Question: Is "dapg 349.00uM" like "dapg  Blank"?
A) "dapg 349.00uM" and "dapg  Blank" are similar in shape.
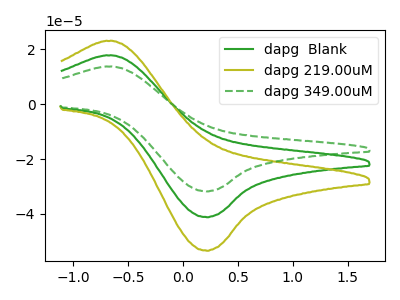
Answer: <think>The green curve "dapg  Blank" has an anodic peak at (-0.70V, 17.75uA) and a cathodic peak at (0.20V, -41.20uA). The olive curve "dapg 219.00uM" has an anodic peak at (-0.70V, 35.50uA) and a cathodic peak at (0.20V, -82.35uA). The green dashed curve "dapg 349.00uM" has an anodic peak at (-0.70V, 13.70uA) and a cathodic peak at (0.20V, -31.75uA).
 All the peaks in "dapg 349.00uM" have a peak in "dapg  Blank" at the same potential. Every peak in "dapg 349.00uM" is lower than every peak in "dapg  Blank".</think>
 <answer>A) "dapg 349.00uM" and "dapg  Blank" are similar in shape.</answer>
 <eval>A</eval>